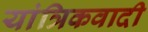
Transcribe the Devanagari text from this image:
यांत्रिकवादी